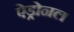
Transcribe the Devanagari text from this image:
ऐड्रोनल